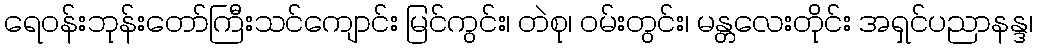
ရေဝန်းဘုန်းတော်ကြီးသင်ကျောင်း မြင်ကွင်း၊ တဲစု၊ ဝမ်းတွင်း၊ မန္တလေးတိုင်း အရှင်ပညာနန္ဒ၊